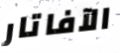
الآفاتار